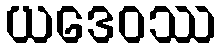
ယဒေဝဿ